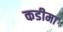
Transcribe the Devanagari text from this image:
कडीमा